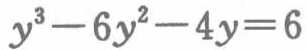
\(y^{3}-6y^{2}-4y = 6\)